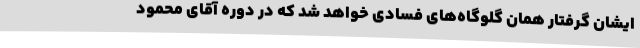
ایشان گرفتار همان گلوگاه‌های فسادی خواهد شد که در دوره آقای محمود